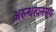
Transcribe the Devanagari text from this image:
अरुन्धत्यनसूय